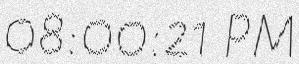
08:00:21 PM